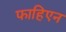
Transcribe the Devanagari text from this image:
फाहिएन